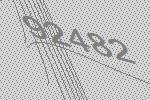
92482